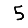
Digit: 5